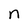
Character: n